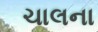
ચાલના